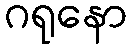
ဂရုနော